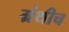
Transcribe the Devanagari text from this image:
ग्रंथीच